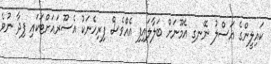
ކައިލީންގެ އަސްލު ނޭނގި އެމޫނަށް ބަލާލައިފި އެއްެވެސް ފިރިހެނަކު އެސޫރައަށްޓަކައި ފިދާ ނުވެ